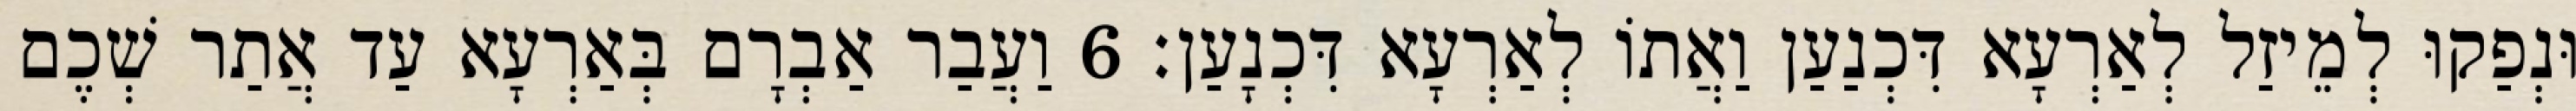
וּנְפַקוּ לְמֵיזַל לְאַרְעָא דִּכְנַעַן וַאֲתוֹ לְאַרְעָא דִּכְנָעַן׃ 6 וַעֲבַר אַבְרָם בְּאַרְעָא עַד אֲתַר שְׁכֶם